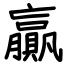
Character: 贏